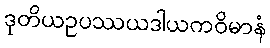
ဒုတိယဥပဿယဒါယကဝိမာနံ